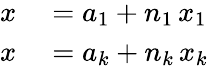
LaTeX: \begin{array}{rl}{x}&{{}=a_{1}+n_{1}\, x_{1}}\\ {x}&{{}=a_{k}+n_{k}\, x_{k}}\end{array}